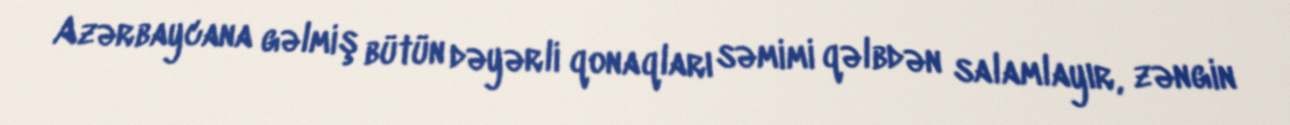
Azərbaycana gəlmiş bütün dəyərli qonaqları səmimi qəlbdən salamlayır, zəngin